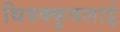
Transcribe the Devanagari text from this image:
थिरुक्कुवलाई